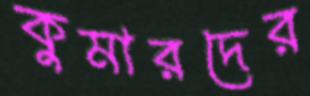
কুমারদের